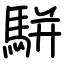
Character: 駢